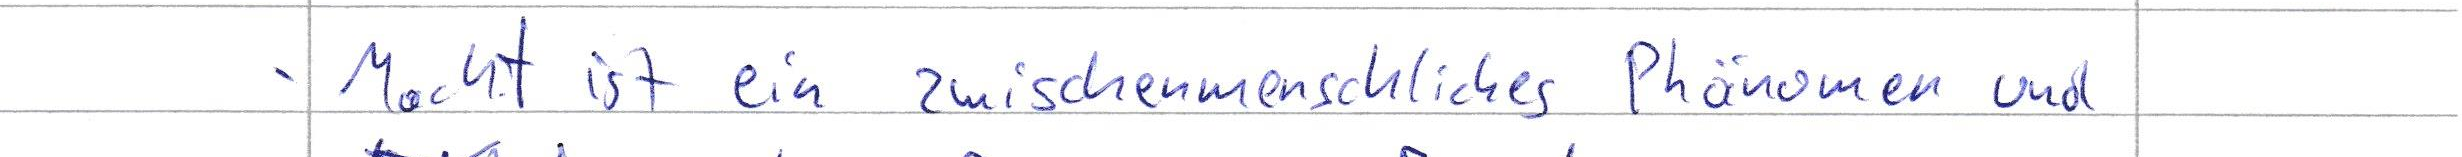
- Macht ist ein zwischenmenschliches Phänomen und